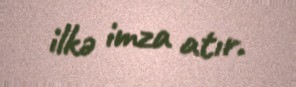
ilkə imza atır.